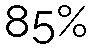
85%